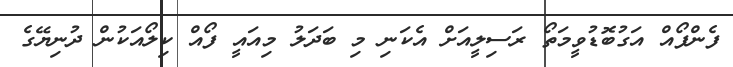
ފެންފޯއް އަގުބޮޑުވީމަތޯ ރަސިލީއަށް އެކަނި މި ބަދަލު މިއައީ ފޯއް ކިލޯއަކުން ދުނިޔޭގެ